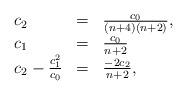
LaTeX: \begin{align*} \begin{array}{lcl}c_2 &=&\frac{c_0}{(n+4)(n+2)},\\c_1 &= &\frac{c_0}{n+2} \\c_2 - \frac{c^2_1}{c_0} &=& \frac{-2c_2}{n+2},\end{array} \end{align*}